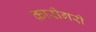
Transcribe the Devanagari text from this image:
क़ारीगरी